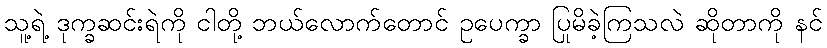
သူ့ရဲ့ ဒုက္ခဆင်းရဲကို ငါတို့ ဘယ်လောက်တောင် ဥပေက္ခာ ပြုမိခဲ့ကြသလဲ ဆိုတာကို နင်